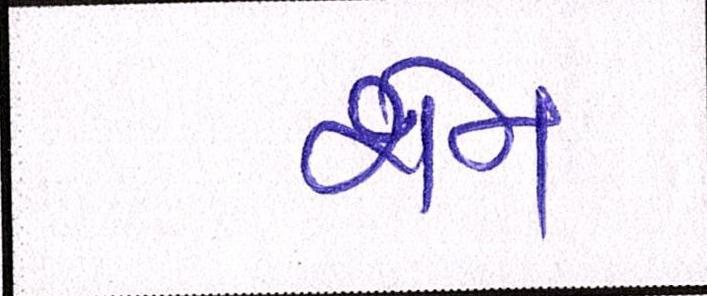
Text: શેન